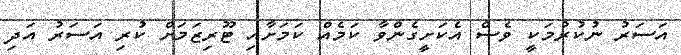
އަސަރު ނުކުރުމަކީ ވެސް އެކަށީގެންވާ ކަމެއް ކަމަށާއި ޓޫރިޒަމަށް ކުރި އަސަރު އަދި